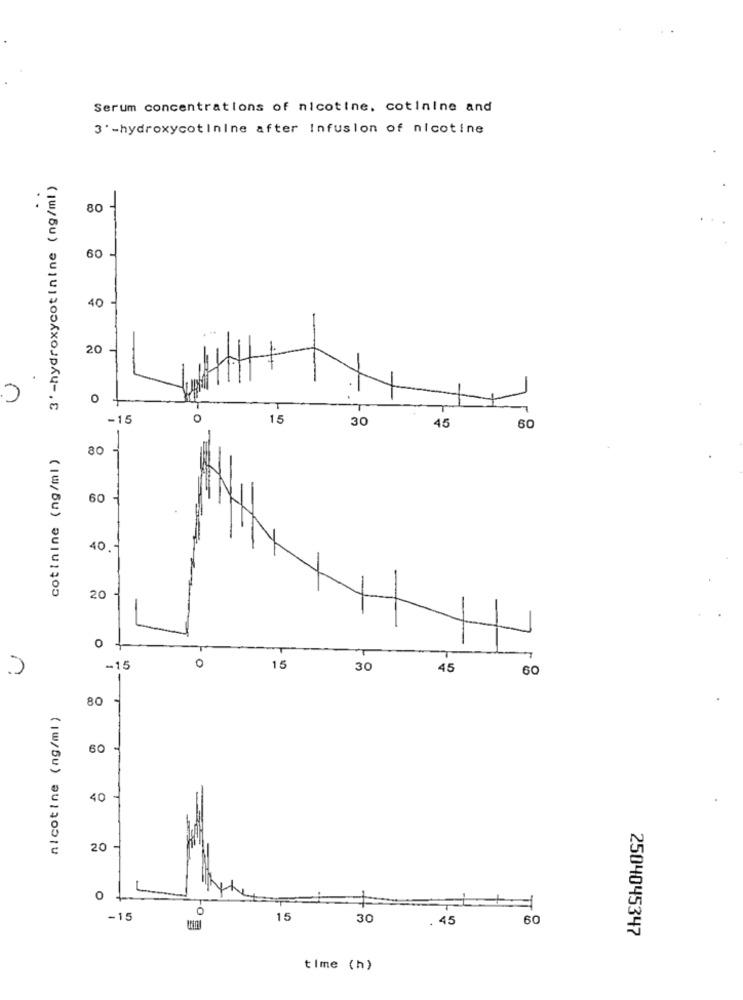
Serum concentrations of nicotine, cotinine and
3' -hydroxycotinine after Infusion of nicotine
3' -hydroxycotinine (ng/ml )
..
80
60
40
20 -
0
-15
.
15
30
45
60
cotinine (ng/ml )
80
60
40,
20
0
0
-15
15
30
45
60
80 S
nicotine (ng/ml )
60
40
20
0
-15
15
30
. 45
60
2504045347
time (h)